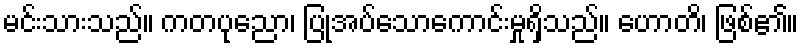
မင်းသားသည်။ ကတပုညော၊ ပြုအပ်သောကောင်းမှုရှိသည်။ ဟောတိ၊ ဖြစ်၏။